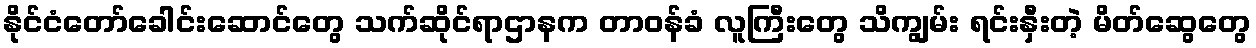
နိုင်ငံတော်ခေါင်းဆောင်တွေ သက်ဆိုင်ရာဌာနက တာဝန်ခံ လူကြီးတွေ သိကျွမ်း ရင်းနှီးတဲ့ မိတ်ဆွေတွေ